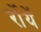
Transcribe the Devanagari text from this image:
र्रोयें